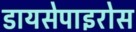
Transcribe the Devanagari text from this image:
डायसेपाइरोस